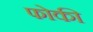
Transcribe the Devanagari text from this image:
फोकी